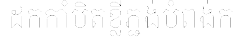
ដកកាំបិតខ្លីភ្ជង់បំពង់ក